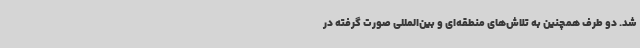
شد. دو طرف همچنین به تلاش‌های منطقه‌ای و بین‌المللی صورت گرفته در